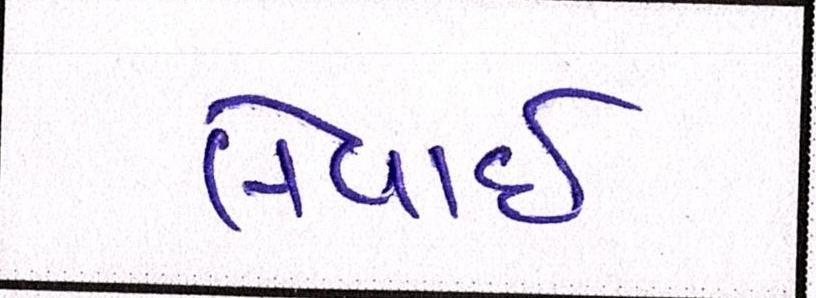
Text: લેવાઇ